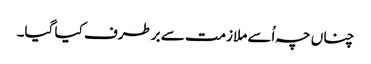
چناں چہ اُسے ملازمت سے برطرف کیا گیا۔